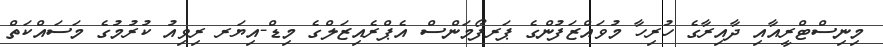
މިނިސްޓްރީއާއި ދާއިރާގެ ހުރިހާ މުވައްޒަފުންގެ ޕަރފޯމަންސް އެޕްރެއިޒަލްގެ މިޑް-އިޔަރ ރިވިއު ކުރުމުގެ މަސައްކަތް